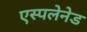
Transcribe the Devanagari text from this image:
एस्पलेनेड